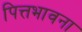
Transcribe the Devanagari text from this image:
पित्तभावना